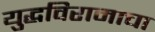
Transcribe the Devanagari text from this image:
युद्धविरामाचा